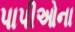
પાપીઓના